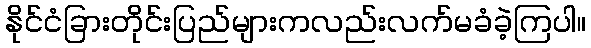
နိုင်ငံခြားတိုင်းပြည်များကလည်းလက်မခံခဲ့ကြပါ။